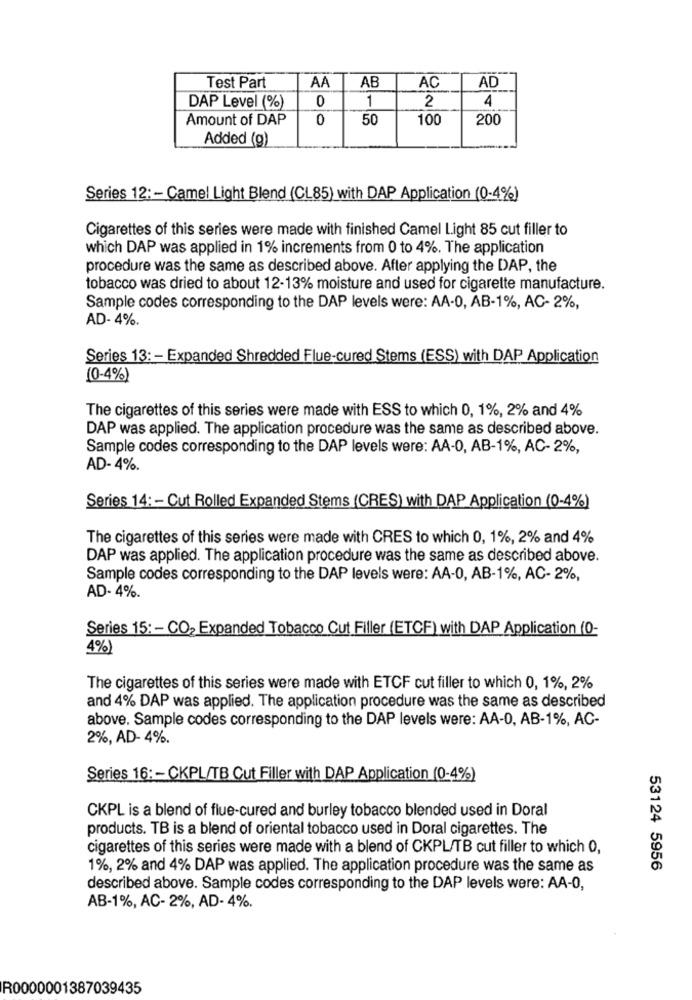
Test Part
AA
AB
AC
AD
0
1
2
4
DAP Level (%)
Amount of DAP
0
50
100
200
Added (g)
Series 12: - Camel Light Blend (CL85) with DAP Application (0-4%)
Cigarettes of this series were made with finished Camel Light 85 cut filler to
which DAP was applied in 1% increments from 0 to 4%. The application
procedure was the same as described above. After applying the DAP, the
tobacco was dried to about 12-13% moisture and used for cigarette manufacture.
Sample codes corresponding to the DAP levels were: AA-0, AB-1%, AC- 2%,
AD- 4%.
Series 13: - Expanded Shredded Flue-cured Stems (ESS) with DAP Application
(0-4%)
The cigarettes of this series were made with ESS to which 0, 1%, 2% and 4%
DAP was applied. The application procedure was the same as described above.
Sample codes corresponding to the DAP levels were: AA-0, AB-1%, AC- 2%,
AD- 4%.
Series 14: - Cut Rolled Expanded Stems (CRES) with DAP Application (0-4%)
The cigarettes of this series were made with CRES to which 0, 1%, 2% and 4%
DAP was applied. The application procedure was the same as described above.
Sample codes corresponding to the DAP levels were: AA-0, AB-1%, AC- 2%,
AD- 4%.
Series 15: - CO2 Expanded Tobacco Cut Filler (ETCF) with DAP Application (0-
4%)
The cigarettes of this series were made with ETCF cut filler to which 0, 1%, 2%
and 4% DAP was applied. The application procedure was the same as described
above. Sample codes corresponding to the DAP levels were: AA-0, AB-1%, AC-
2%, AD- 4%.
Series 16 :- CKPL/TB Cut Filler with DAP Application (0-4%)
CKPL is a blend of flue-cured and burley tobacco blended used in Doral
products. TB is a blend of oriental tobacco used in Doral cigarettes. The
cigarettes of this series were made with a blend of CKPL/TB cut filler to which 0,
1%, 2% and 4% DAP was applied. The application procedure was the same as
53124 5956
described above. Sample codes corresponding to the DAP levels were: AA-0,
AB-1%, AC- 2%, AD- 4%.
R0000001387039435